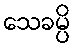
သေခမ္ပိ